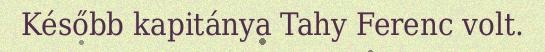
Később kapitánya Tahy Ferenc volt.